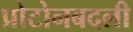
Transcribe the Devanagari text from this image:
प्रोटोनबदली